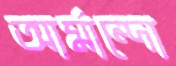
আর্মান্দো